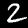
Digit: 2